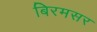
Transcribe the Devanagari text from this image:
बिरमसर